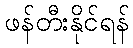
ဖန်တီးနိုင်ရန်